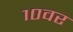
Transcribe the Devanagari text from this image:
१०वर